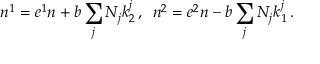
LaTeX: n ^ { 1 } = e ^ { 1 } n + b \sum _ { j } N _ { j } k _ { 2 } ^ { j } \, , \enspace n ^ { 2 } = e ^ { 2 } n - b \sum _ { j } N _ { j } k _ { 1 } ^ { j } \, .